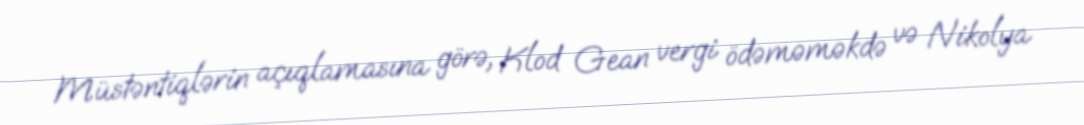
Müstəntiqlərin açıqlamasına görə, Klod Gean vergi ödəməməkdə və Nikolya